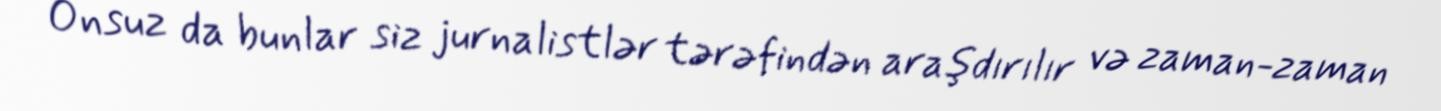
Onsuz da bunlar siz jurnalistlər tərəfindən araşdırılır və zaman-zaman